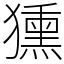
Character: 獯